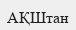
АҚШтан